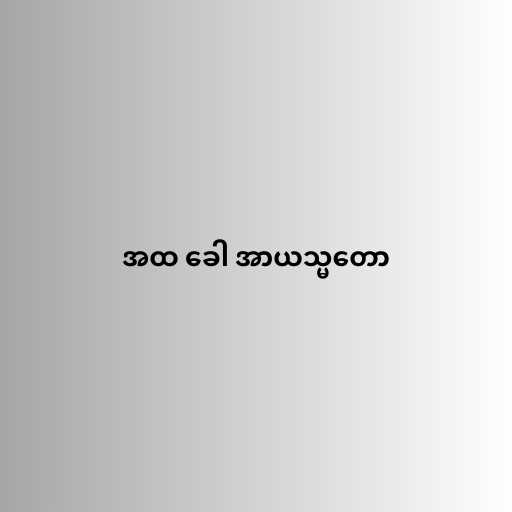
အထ ခေါ အာယသ္မတော